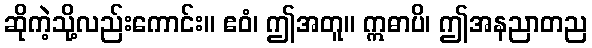
ဆိုကဲ့သို့လည်းကောင်း။ ဧဝံ၊ ဤအတူ။ ဣဓာပိ၊ ဤအနညာတည